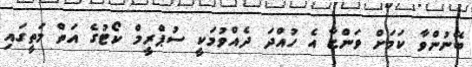
ބޭނުންވާ ކަމަށް ވަންޏާ އެ ހުއްދަ ދެއްވުމަކީ ސުޕްރީމް ކޯޓުގެ އަތް މަތީގައި